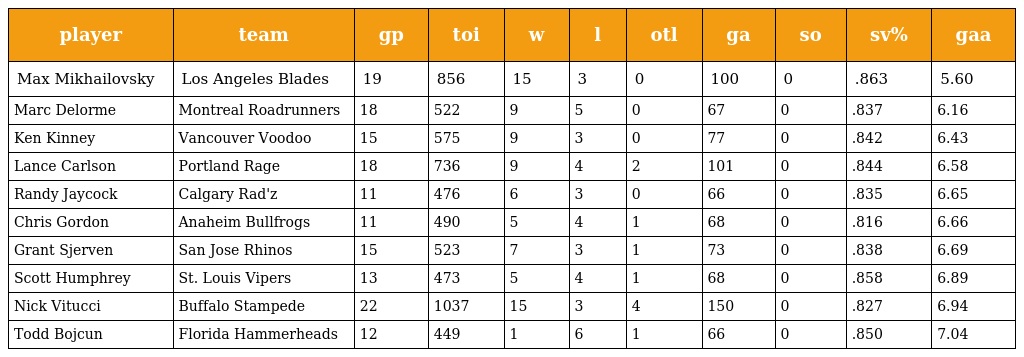
| player | team | gp | toi | w | l | otl | ga | so | sv% | gaa |
 | --- | --- | --- | --- | --- | --- | --- | --- | --- | --- | --- |
 | Max Mikhailovsky | Los Angeles Blades | 19 | 856 | 15 | 3 | 0 | 100 | 0 | .863 | 5.60 |
 | Marc Delorme | Montreal Roadrunners | 18 | 522 | 9 | 5 | 0 | 67 | 0 | .837 | 6.16 |
 | Ken Kinney | Vancouver Voodoo | 15 | 575 | 9 | 3 | 0 | 77 | 0 | .842 | 6.43 |
 | Lance Carlson | Portland Rage | 18 | 736 | 9 | 4 | 2 | 101 | 0 | .844 | 6.58 |
 | Randy Jaycock | Calgary Rad'z | 11 | 476 | 6 | 3 | 0 | 66 | 0 | .835 | 6.65 |
 | Chris Gordon | Anaheim Bullfrogs | 11 | 490 | 5 | 4 | 1 | 68 | 0 | .816 | 6.66 |
 | Grant Sjerven | San Jose Rhinos | 15 | 523 | 7 | 3 | 1 | 73 | 0 | .838 | 6.69 |
 | Scott Humphrey | St. Louis Vipers | 13 | 473 | 5 | 4 | 1 | 68 | 0 | .858 | 6.89 |
 | Nick Vitucci | Buffalo Stampede | 22 | 1037 | 15 | 3 | 4 | 150 | 0 | .827 | 6.94 |
 | Todd Bojcun | Florida Hammerheads | 12 | 449 | 1 | 6 | 1 | 66 | 0 | .850 | 7.04 |